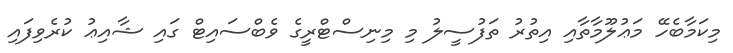
މިކަމާބެހޭ މަޢުލޫމާތާއި އިތުރު ތަފުސީލު މި މިނިސްޓްރީގެ ވެބްސައިޓް ގައި ޝާއިޢު ކުރެވިފައި